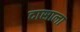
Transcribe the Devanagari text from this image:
दासाला